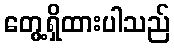
တွေ့ရှိထားပါသည်